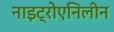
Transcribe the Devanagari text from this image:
नाइट्रोएनिलीन